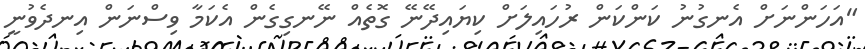
"އަހަންނަށް އެނގުނު ކަންކަން ރުހައިލަށް ކިޔައިދޭނޭ ގޮތެއް ނޭނގިގެން އެކަމާ ވިސްނަން އިނދެވުނީ